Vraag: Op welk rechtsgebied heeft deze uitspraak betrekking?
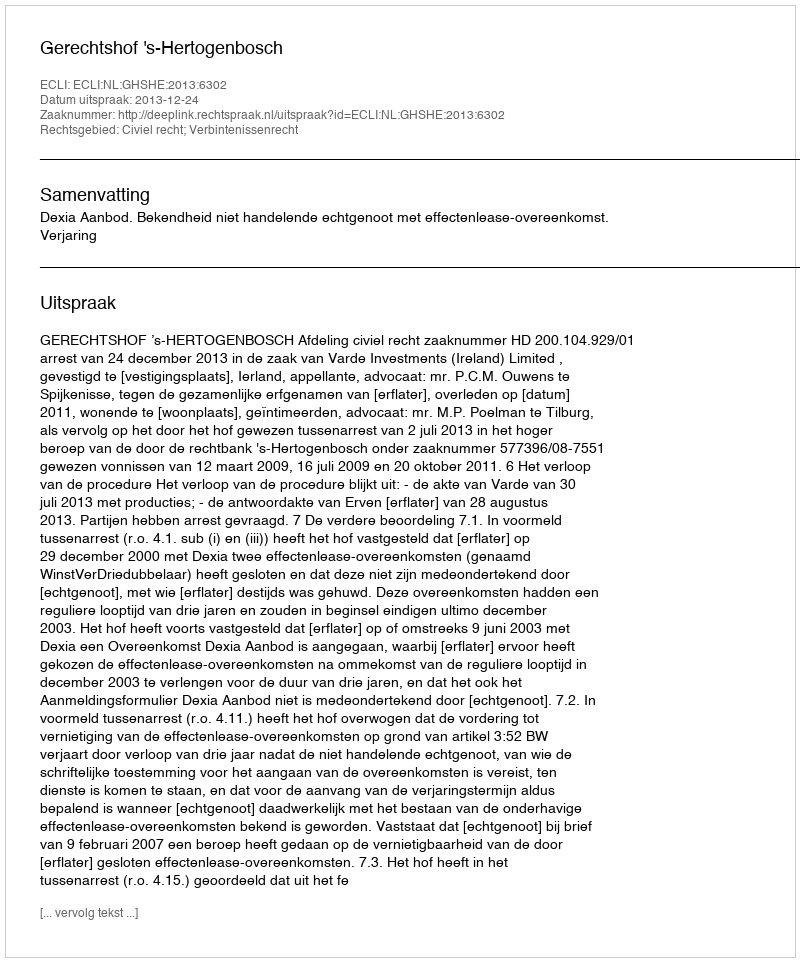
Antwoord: Civiel recht; Verbintenissenrecht